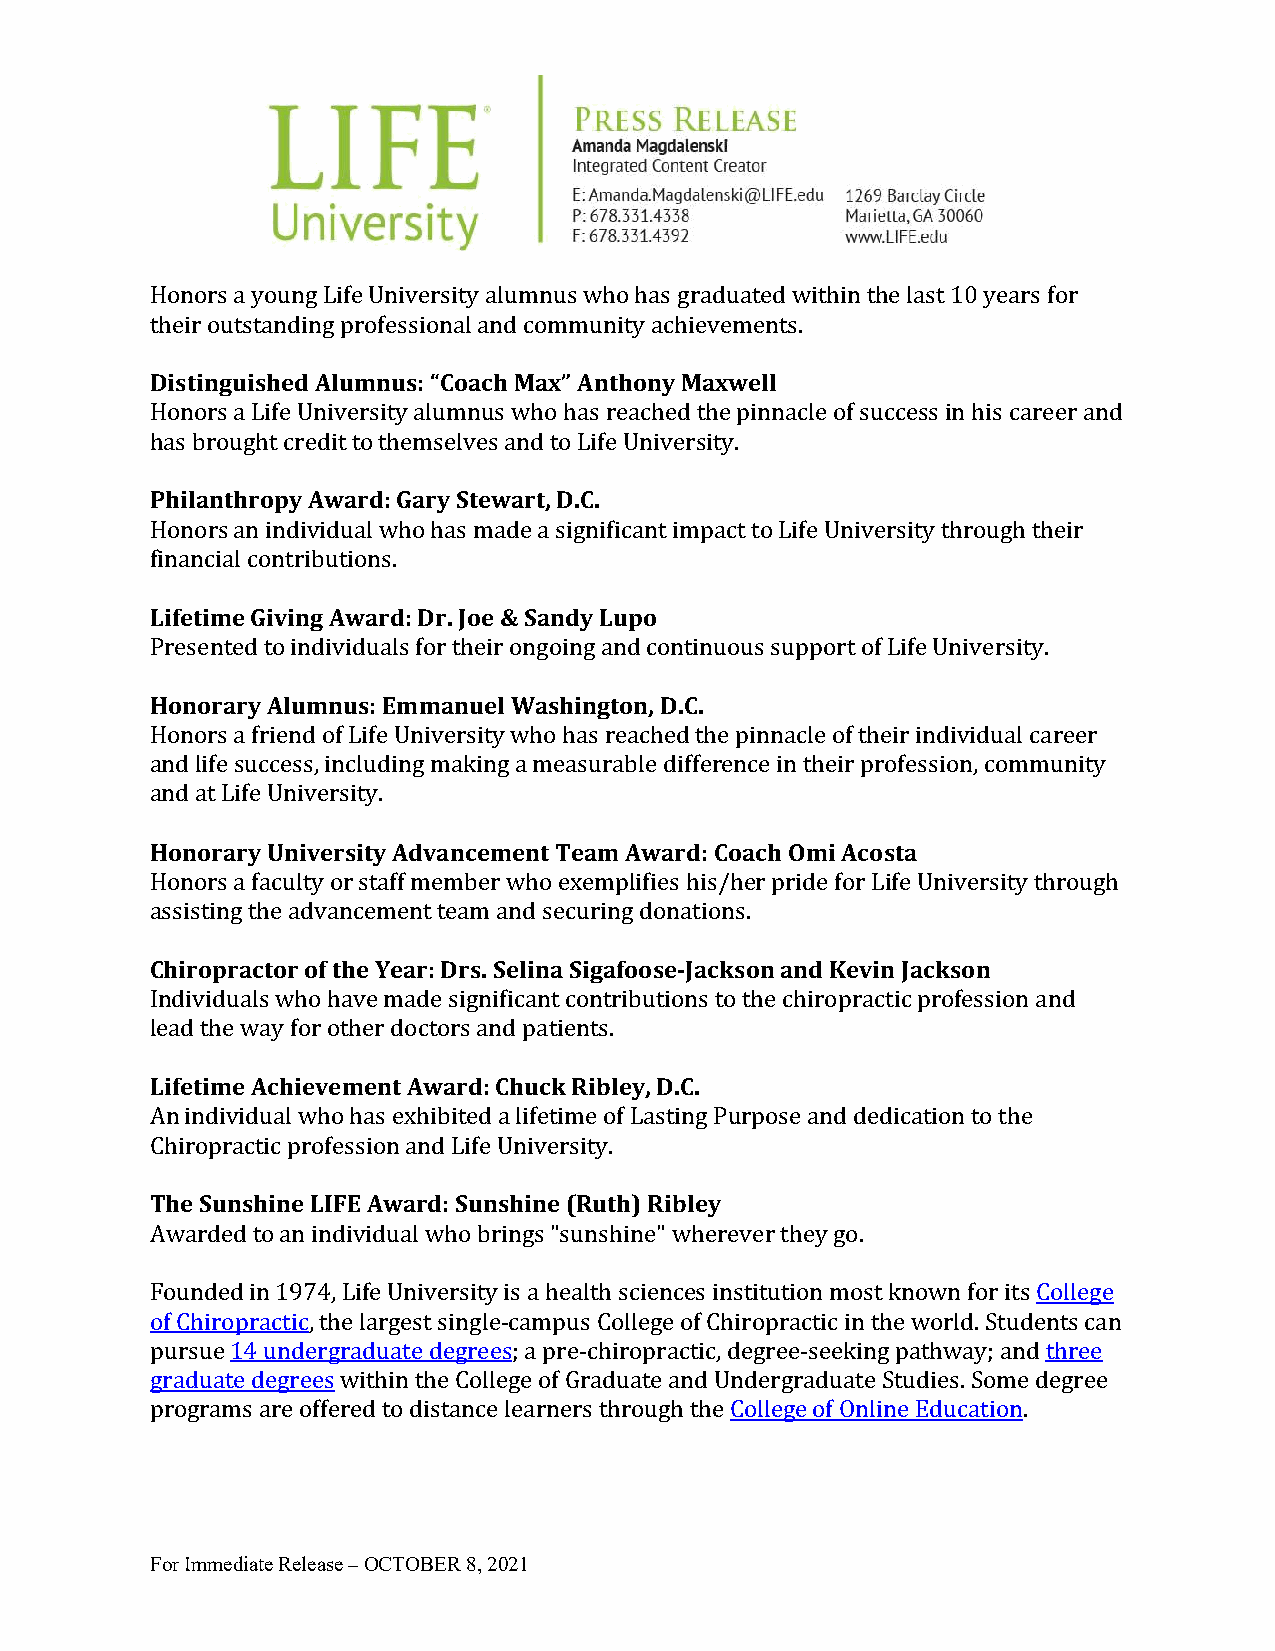
Honors a young Life University alumnus who has graduated within the last 10 years for
 their outstanding professional and community achievements.
 Distinguished Alumnus: “Coach Max” Anthony Maxwell
 Honors a Life University alumnus who has reached the pinnacle of success in his career and
 has brought credit to themselves and to Life University.
 Philanthropy Award: Gary Stewart, D.C.
 Honors an individual who has made a significant impact to Life University through their
 financial contributions.
 Lifetime Giving Award: Dr. Joe & Sandy Lupo
 Presented to individuals for their ongoing and continuous support of Life University.
 Honorary Alumnus: Emmanuel Washington, D.C.
 Honors a friend of Life University who has reached the pinnacle of their individual career
 and life success, including making a measurable difference in their profession, community
 and at Life University.
 Honorary University Advancement Team Award: Coach Omi Acosta
 Honors a faculty or staff member who exemplifies his/her pride for Life University through
 assisting the advancement team and securing donations.
 Chiropractor of the Year: Drs. Selina Sigafoose-Jackson and Kevin Jackson
 Individuals who have made significant contributions to the chiropractic profession and
 lead the way for other doctors and patients.
 Lifetime Achievement Award: Chuck Ribley, D.C.
 An individual who has exhibited a lifetime of Lasting Purpose and dedication to the
 Chiropractic profession and Life University.
 The Sunshine LIFE Award: Sunshine (Ruth) Ribley
 Awarded to an individual who brings "sunshine" wherever they go.
 Founded in 1974, Life University is a health sciences institution most known for its College
 of Chiropractic, the largest single-campus College of Chiropractic in the world. Students can
 pursue 14 undergraduate degrees; a pre-chiropractic, degree-seeking pathway; and three
 graduate degrees within the College of Graduate and Undergraduate Studies. Some degree
 programs are offered to distance learners through the College of Online Education.
 For Immediate Release – OCTOBER 8, 2021